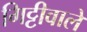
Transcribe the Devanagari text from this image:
गिट्टीवाले